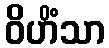
ဝိဟိံသာ